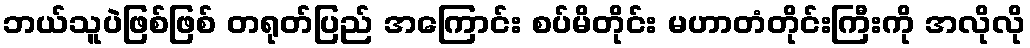
ဘယ်သူပဲဖြစ်ဖြစ် တရုတ်ပြည် အကြောင်း စပ်မိတိုင်း မဟာတံတိုင်းကြီးကို အလိုလို